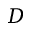
D